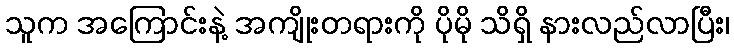
သူက အကြောင်းနဲ့ အကျိုးတရားကို ပိုမို သိရှိ နားလည်လာပြီး၊